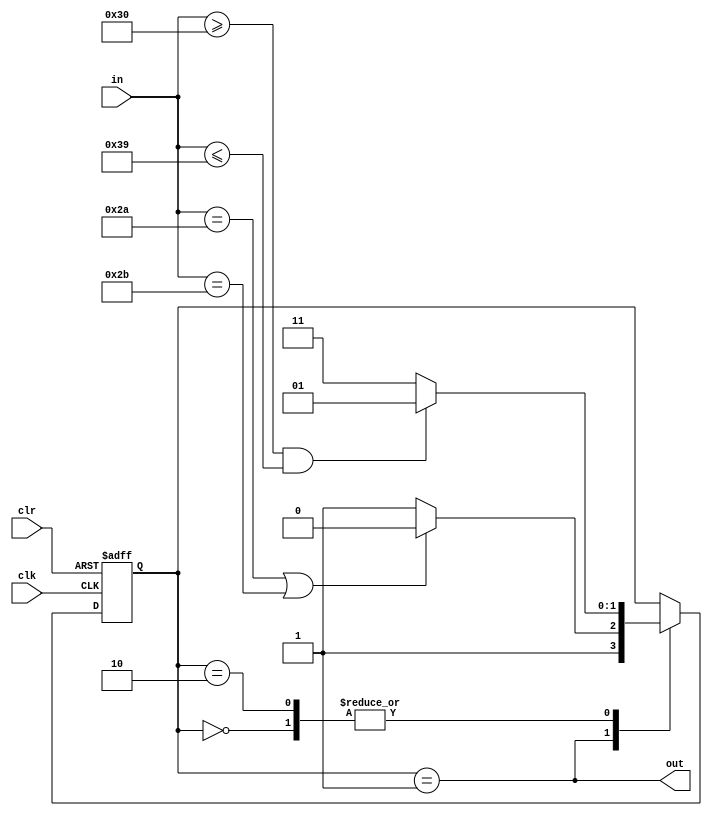
`timescale 1ns / 1ps

module string(
    input clk,
    input clr,
    input [7:0] in,
    output out
    );
    
    reg [1:0] status;
    
    initial status = 0;
    
    assign out = status==1;
    
    always @(posedge clk or posedge clr) begin
        if(clr) status <= 0;
        else case(status)
            0: begin
                if(isNum(in)) status <= 1;
                else status <= 3;
            end
            1: begin
                if(isOp(in)) status <= 2;
                else status <= 3;
            end
            2: begin
                if(isNum(in)) status <= 1;
                else status <= 3;
            end
            default:;
        endcase
    end


    function isNum;
        input [7:0] c;
        begin
            isNum = (c>="0" && c<="9");
        end
    endfunction
    function isOp;
        input [7:0] c;
        begin
            isOp = (c=="*" || c=="+");
        end
    endfunction

endmodule